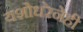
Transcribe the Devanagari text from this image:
यशोधरेनेही